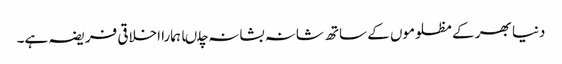
دنیا بھر کے مظلوموں کے ساتھ شانہ بشانہ چلںا ہمارا اخلاقی فریضہ ہے۔